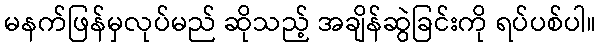
မနက်ဖြန်မှလုပ်မည် ဆိုသည့် အချိန်ဆွဲခြင်းကို ရပ်ပစ်ပါ။